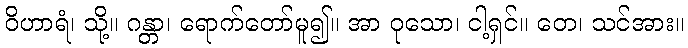
ဝိဟာရံ၊ သို့။ ဂန္တာ၊ ရောက်တော်မူ၍။ အာ ဝုသော၊ ငါ့ရှင်။ တေ၊ သင်အား။